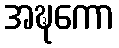
အဍ္ဎကော